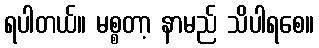
ရပါတယ်။ မစ္စတာ့ နာမည် သိပါရစေ။